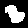
Digit: 3